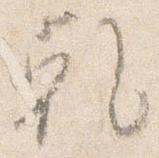
乾